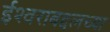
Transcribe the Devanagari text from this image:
ईश्वराबद्दलच्या